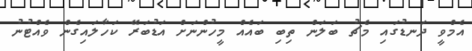
އެމްވީ ދަނޑުގައި މެޗު ބަލަން ތިބި ބައެއް މީހުންނަށް އަޑުބަރޭ ކަހާލައިގެން ވެއްޓުނު